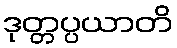
ဒုတ္တပ္ပယာတိ